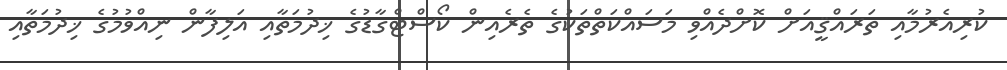
ކުރިއެރުމާއި ތަރައްޤީއަށް ކޮށްދެއްވި މަސައްކަތްތަކުގެ ތެރެއިން ކޯސްޓްގާޑުގެ ޚިދުމަތާއި އަލިފާން ނިއްވުމުގެ ޚިދުމަތާއި